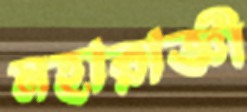
মহারাজ্ঞী